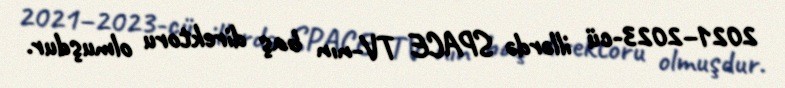
2021–2023-cü illərdə SPACE TV-nın baş direktoru olmuşdur.